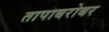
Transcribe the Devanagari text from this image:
तापाबरोबर